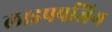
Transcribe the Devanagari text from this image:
लाइपपजिग